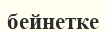
бейнетке